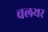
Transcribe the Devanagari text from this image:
चलथर